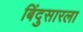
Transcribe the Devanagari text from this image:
बिंदुसारला